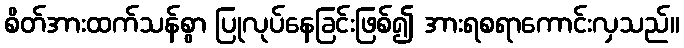
စိတ်အားထက်သန်စွာ ပြုလုပ်နေခြင်းဖြစ်၍ အားရစရာကောင်းလှသည်။